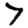
Digit: 7